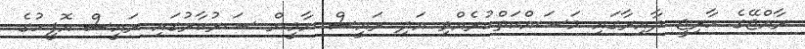
ރާއްޖޭގެ ހާރިޖީ ދާއިރާގައި މަސައްކަތްކުރެއްވި އަދި ރައީސް ޔާމީން ސަރުކާރުގައި ރައީސް އޮފީހުގެ